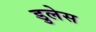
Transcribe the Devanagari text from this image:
डुलेस